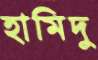
হামিদু